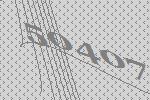
50407